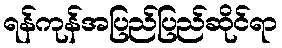
ရန်ကုန်အပြည်ပြည်ဆိုင်ရာ